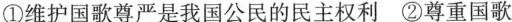
①维护国歌尊严是我国公民的民主权利 ②尊重国歌